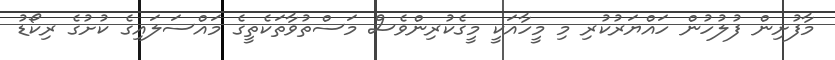
މާފުށިން ފުލުހުން ހައްޔަރުކުރި މި މީހާއަކީ މީގެކުރިންވެސް މަސްތުވާތަކެތީގެ މައްސަލައިގެ ކުށުގެ ރިކޯޑު